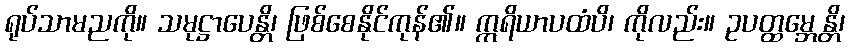
ရုပ်သာမညကို။ သမုဋ္ဌာပေန္တိ၊ ဖြစ်စေနိုင်ကုန်၏။ ဣရိယာပထံပိ၊ ကိုလည်း။ ဥပတ္ထမ္ဘေန္တိ၊